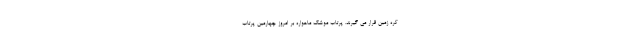
کره زمین قرار می گیرند. پرتاب موشک ماهواره بر امروز چهارمین پرتاب